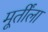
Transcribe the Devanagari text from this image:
मूर्तींला